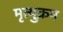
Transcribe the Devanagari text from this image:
मृत्युक्रम